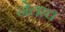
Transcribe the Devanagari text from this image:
नेताच